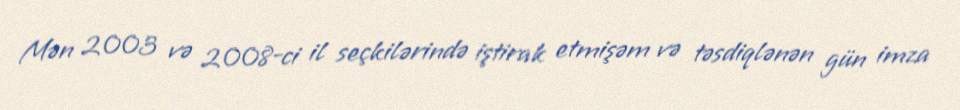
Mən 2003 və 2008-ci il seçkilərində iştirak etmişəm və təsdiqlənən gün imza